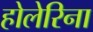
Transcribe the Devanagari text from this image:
होलेरिना